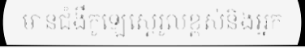
មានជំងឺកូឡេស្តេរ៉ូលខ្ពស់និងអ្នក